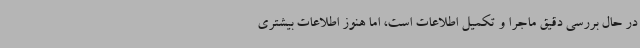
در حال بررسی دقیق ماجرا و تکمیل اطلاعات است، اما هنوز اطلاعات بیشتری